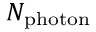
N _ { \mathrm { p h o t o n } }